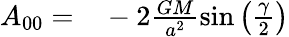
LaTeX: \begin{array}{rl}{A_{00}=}&{{}-2\frac{GM}{a^{2}}\sin\left(\frac{\gamma}{2}\right)}\end{array}